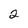
Character: 2